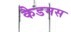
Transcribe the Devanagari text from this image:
कैडमस